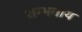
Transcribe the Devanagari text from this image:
शम्भवाय